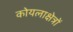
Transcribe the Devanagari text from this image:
कोयलाक्षेत्रों